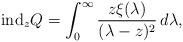
LaTeX: \begin{align*}\mbox{ind}_z Q=\int_0^\infty \frac{z\xi(\lambda)}{(\lambda-z)^2}\,d\lambda,\end{align*}